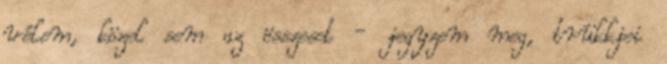
vélem, közel sem az összeset - jegyzem meg, trükkjei